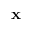
\mathbf { x }